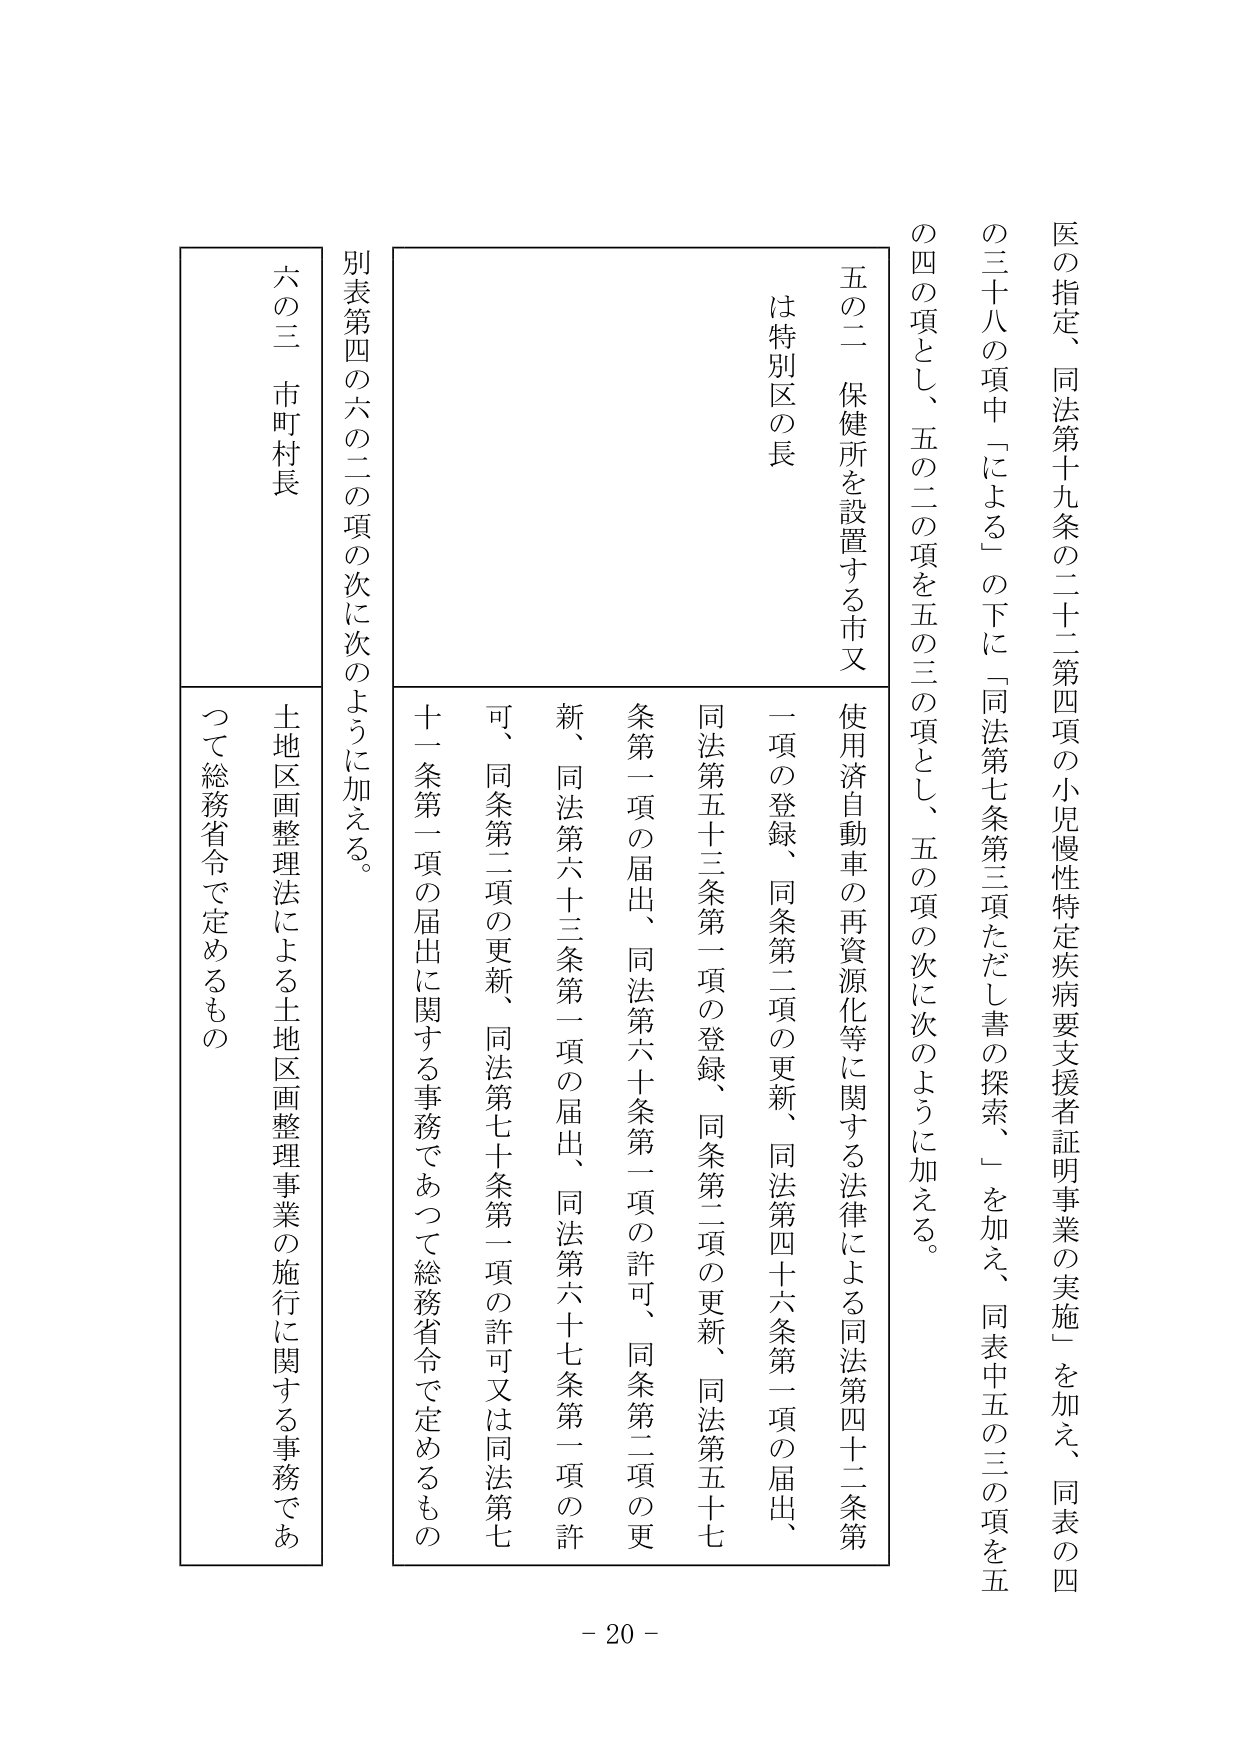
医の指定、同法第十九条の二十二第四項の小児慢性特定疾病要支援者証明事業の実施」を加え、同表の四の三十八の項中「による」の下に「同法第七条第三項ただし書の探索、」を加え、同表中五の三の項を五の四の項とし、五の二の項を五の三の項とし、五の項の次に次のように加える。

五の二 保健所を設置する市又は特別区の長

使用済自動車の再資源化等に関する法律による同法第四十二条第一項の登録、同条第二項の更新、同法第四十六条第一項の届出、同法第五十三条第一項の登録、同条第二項の更新、同法第五十七条第一項の届出、同法第六十条第二項の許可、同条第二項の更新、同法第六十三条第一項の届出、同法第六十七条第一項の許可、同条第二項の更新、同法第七十条第一項の許可又は同法第七十一条第一項の届出に関する事務であって総務省令で定めるもの

別表第四の六の二の項の次に次のように加える。

六の三 市町村長

土地区画整理法による土地区画整理事業の施行に関する事務であって総務省令で定めるもの

- 20 -